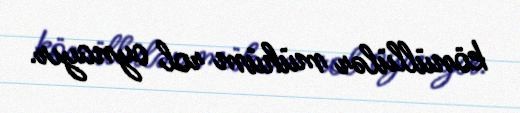
könüllülər mühüm rol oynayır.